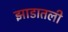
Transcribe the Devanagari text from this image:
झाडातली